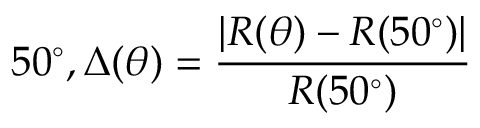
5 0 ^ { \circ } , { \Delta ( \theta ) = \frac { | R ( \theta ) - R ( 5 0 ^ { \circ } ) | } { R ( 5 0 ^ { \circ } ) } }